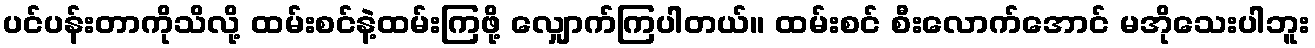
ပင်ပန်းတာကိုသိလို့ ထမ်းစင်နဲ့ထမ်းကြဖို့ လျှောက်ကြပါတယ်။ ထမ်းစင် စီးလောက်အောင် မအိုသေးပါဘူး